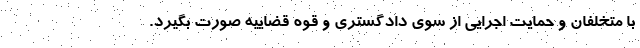
با متخلفان و حمایت اجرایی از سوی دادگستری و قوه قضاییه صورت بگیرد.